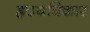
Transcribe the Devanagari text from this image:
ह्रदयविकार